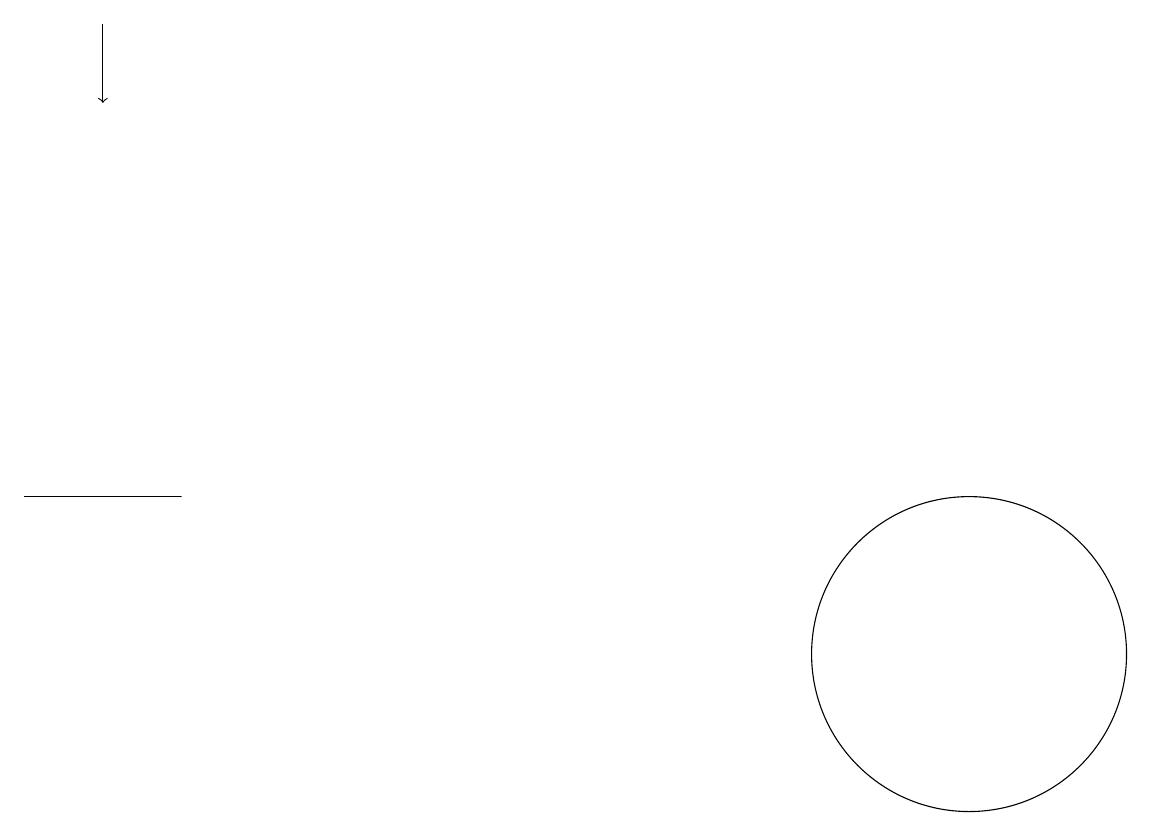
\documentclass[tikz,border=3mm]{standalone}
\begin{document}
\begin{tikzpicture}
\draw[->] (1,18) -- (1,17);
\draw (12,10) circle (2);
\draw (0,12) rectangle (2,12);
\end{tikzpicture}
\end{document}